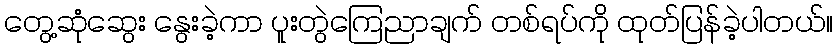
တွေ့ဆုံဆွေး နွေးခဲ့ကာ ပူးတွဲကြေညာချက် တစ်ရပ်ကို ထုတ်ပြန်ခဲ့ပါတယ်။